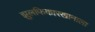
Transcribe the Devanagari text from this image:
झुलफिकारखानाला